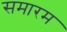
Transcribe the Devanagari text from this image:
समारम